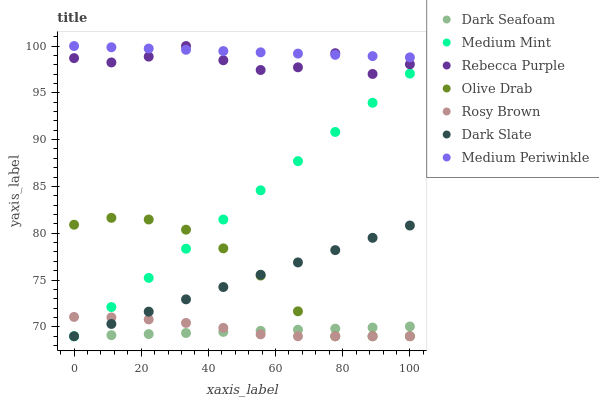
| xaxis_label | Dark Seafoam | Medium Mint | Rebecca Purple | Olive Drab | Rosy Brown | Dark Slate | Medium Periwinkle |
 | --- | --- | --- | --- | --- | --- | --- | --- |
 | 0 | 69 | 69 | 98.7 | 80.9 | 71.1 | 69 | 100 |
 | 11.1 | 69.1 | 72.1 | 98.2 | 81.6 | 71 | 70.3 | 99.9 |
 | 22.2 | 69.2 | 75.2 | 98.9 | 81.5 | 70.8 | 71.6 | 99.7 |
 | 33.3 | 69.3 | 78.4 | 100 | 80.4 | 70.4 | 72.9 | 99.6 |
 | 44.4 | 69.5 | 81.5 | 98.5 | 78.4 | 69.9 | 74.3 | 99.5 |
 | 55.6 | 69.6 | 84.6 | 97.4 | 75.5 | 69.2 | 75.6 | 99.3 |
 | 66.7 | 69.7 | 87.7 | 97.7 | 71.7 | 69 | 76.9 | 99.2 |
 | 77.8 | 69.8 | 90.8 | 99.2 | 69 | 69 | 78.2 | 99.1 |
 | 88.9 | 69.9 | 93.9 | 97 | 69 | 69 | 79.5 | 98.9 |
 | 100 | 70 | 97.1 | 98 | 69 | 69 | 80.8 | 98.8 |